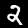
Label: 2